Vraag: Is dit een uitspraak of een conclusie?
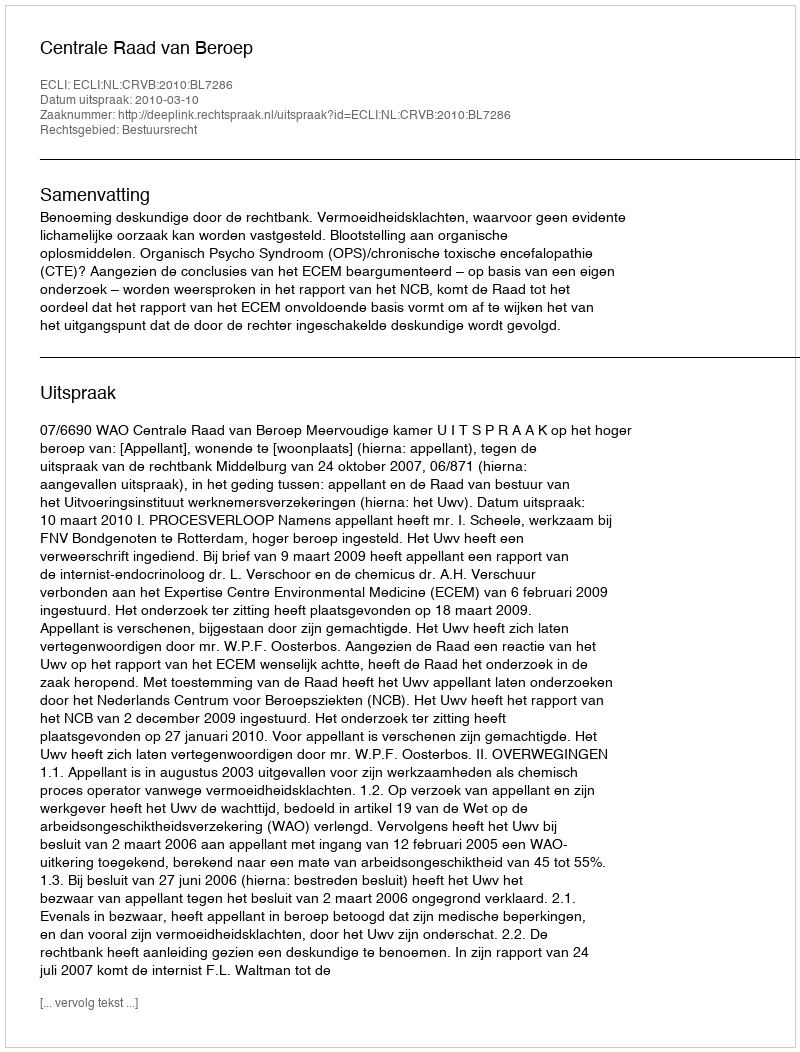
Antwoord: Uitspraak